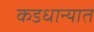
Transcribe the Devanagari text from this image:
कडधान्यात